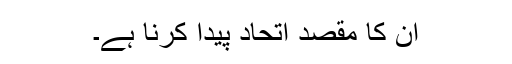
ان کا مقصد اتحاد پیدا کرنا ہے۔